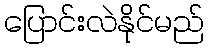
ပြောင်းလဲနိုင်မည်